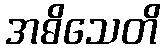
အဓိသေတိ